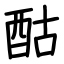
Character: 酤